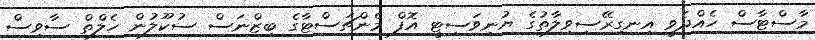
މާސްޓާސް ހެއްދެވީ އިނގިރޭސިވިލާތުގެ ޔުނިވަސިޓީ އޮފް މެންޗަސްޓާގެ ބިޒްނަސް ސުކޫލުން ހެލްތް ސާވިސް